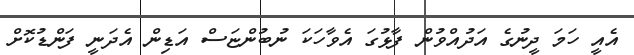
އެއީ ހަމަ ދީނުގެ އަދުއްވުން ފާޅުގަ އެވާހަކަ ނުބުންޏަސް އަޑިން އެދަނީ ފަންޑުކޮށް